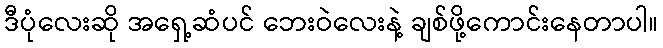
ဒီပုံလေးဆို အရှေ့ဆံပင် ဘေးဝဲလေးနဲ့ ချစ်ဖို့ကောင်းနေတာပါ။